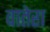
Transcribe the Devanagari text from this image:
वातेरा